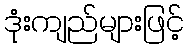
ဒုံးကျည်များဖြင့်